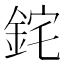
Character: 䤩